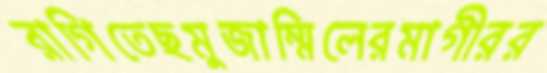
রাগিতেছমুজাম্মিলেরমাগীরর